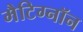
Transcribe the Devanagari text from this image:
मैटिग्नॉन